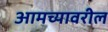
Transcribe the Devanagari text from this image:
आमच्यावरील